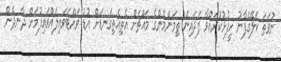
ނުވަތަ ކަލޭގެފާނު ހީފުޅުކުރައްވާ ފަދައިން ތިމަންމެންގެ މައްޗަށް އެތިއެތިގަނޑަށް އުޑު ވައްޓަވައިލައްވައިފުމަށް ދާނދެން